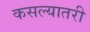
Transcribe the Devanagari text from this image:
कसल्यातरी